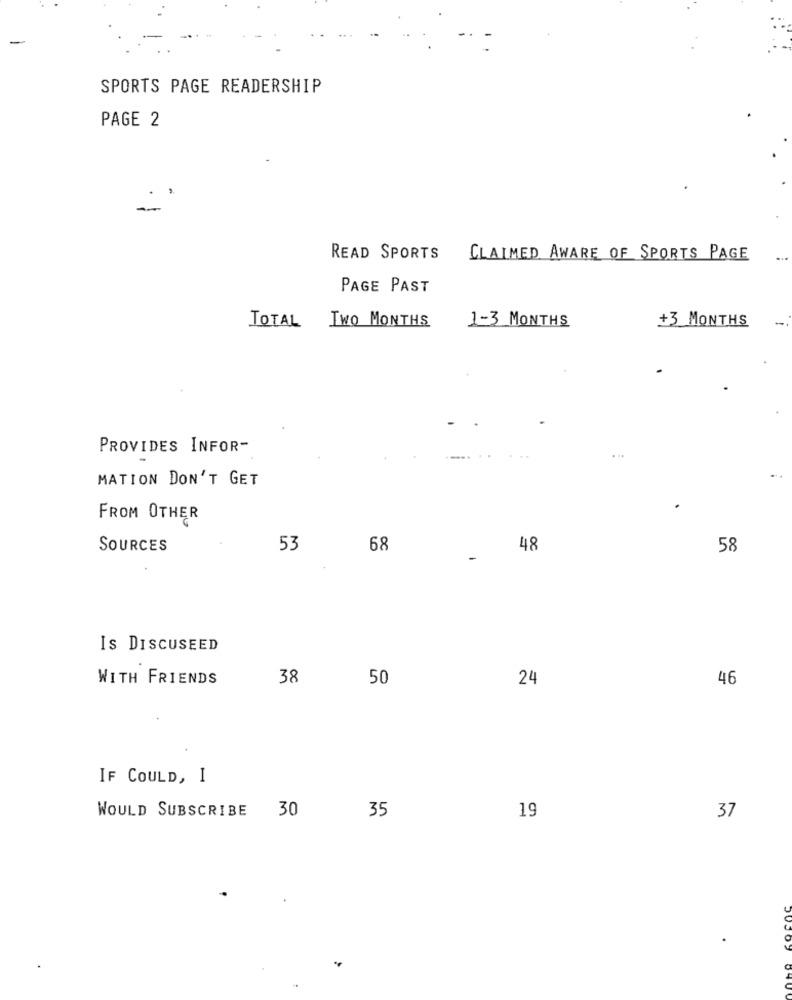
SPORTS PAGE READERSHIP
PAGE 2
READ SPORTS
CLAIMED AWARE OF SPORTS PAGE
PAGE PAST
1-3 MONTHS
+3 MONTHS
TOTAL TWO MONTHS
PROVIDES INFOR-
...
MATION DON'T GET
FROM OTHER
SOURCES
53
68
48
58
-
IS DISCUSEED
WITH FRIENDS
38
50
24
46
IF COULD, I
30
35
19
WOULD SUBSCRIBE
37